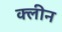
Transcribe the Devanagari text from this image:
क्‍लीन